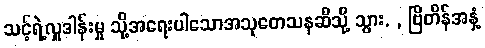
သင့်ရဲ့လှူဒါန်းမှု သို့အရေးပါသောအသုတေသနဆီသို့ သွား. , ဗြိတိန်အနှံ့